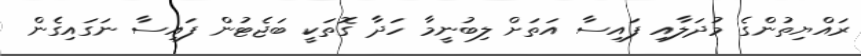
ރައްޔިތުންގެ މުދަލާއި ފައިސާ އަތަށް ލިބުނީމާ ހަދާ ގޮތަކީ ބަޖެޓުން ފައިސާ ނަގައިގެން